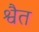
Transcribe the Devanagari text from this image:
श्वैत